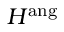
H ^ { \mathrm { a n g } }